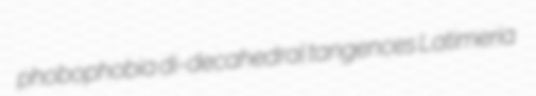
phobophobia di-decahedral tangences Latimeria